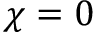
\chi = 0